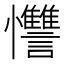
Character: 𱟚